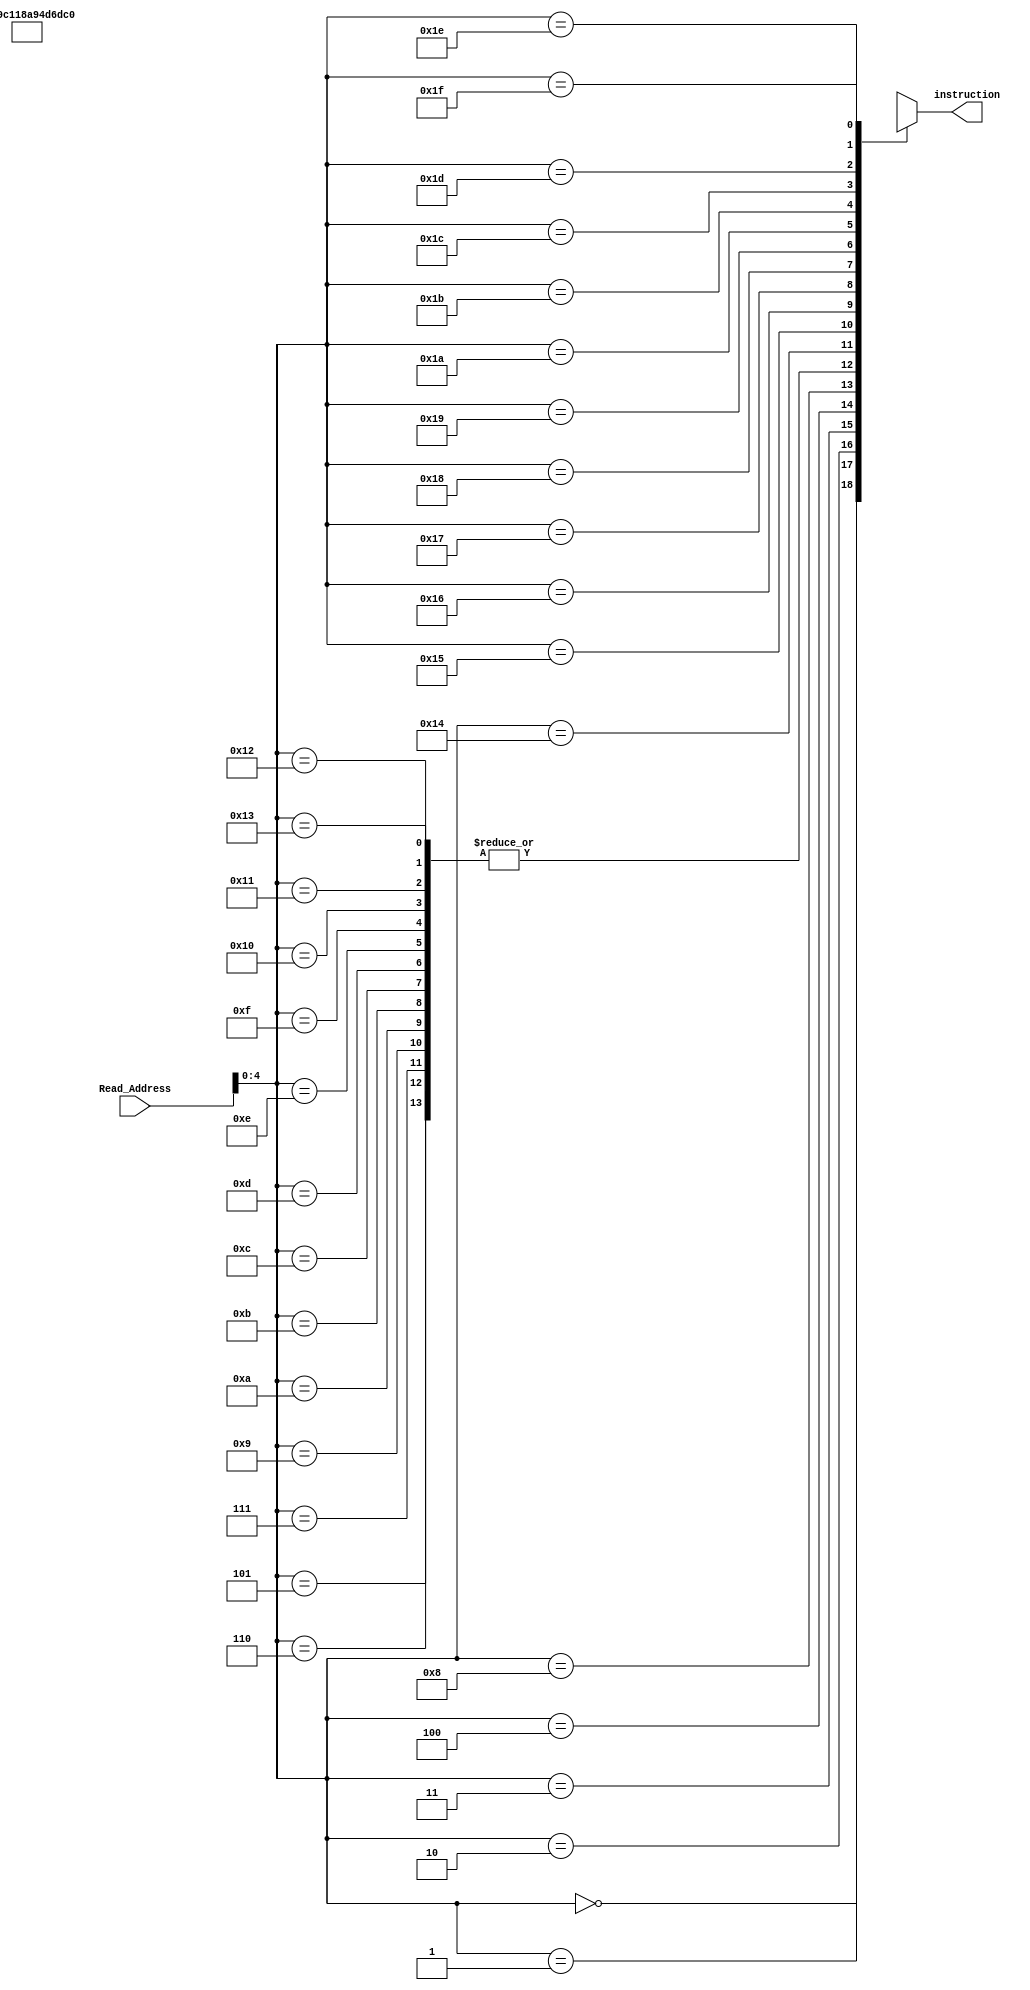
`timescale 1ns / 1ps

module Sim_Instruction_Memory(input [7:0] Read_Address, output [7:0] instruction);

	wire [7:0] MemByte[31:0]; // Memory Dimension: Memory[32] = 8'b;
	// Read_Address  instruction 
	assign instruction = MemByte[Read_Address];
	
	// Basic Operation Test Set //
	// lw $s2, 1($s0)
	assign MemByte[0] = {2'b01, 2'b00, 2'b10, 2'b01};	
	// j + 1
	assign MemByte[1] = {2'b11, 2'b00, 2'b00, 2'b01};
	// add $s0, $s1, $s2
	assign MemByte[2] = {2'b00, 2'b01, 2'b10, 2'b00};	
	// sw $s2, 1($s2)
	assign MemByte[3] = {2'b10, 2'b10, 2'b10, 2'b01};	
	// lw $s3, 1($s0) r[3] = mem[r[0] + 1]
	assign MemByte[4] = {2'b01, 2'b00, 2'b11, 2'b01};
	
	// TEST - j + 0
	assign MemByte[5] = {2'b11, 2'b00, 2'b00, 2'b00};
	assign MemByte[6] = {2'b11, 2'b00, 2'b00, 2'b00};
	assign MemByte[7] = {2'b11, 2'b00, 2'b00, 2'b00};
	// r[3] = mem[r[2] + 1]
	assign MemByte[8] = {2'b01, 2'b10, 2'b11, 2'b01};
	assign MemByte[9] = {2'b11, 2'b00, 2'b00, 2'b00};
	assign MemByte[10] = {2'b11, 2'b00, 2'b00, 2'b00};
	assign MemByte[11] = {2'b11, 2'b00, 2'b00, 2'b00};
	assign MemByte[12] = {2'b11, 2'b00, 2'b00, 2'b00};
	assign MemByte[13] = {2'b11, 2'b00, 2'b00, 2'b00};
	assign MemByte[14] = {2'b11, 2'b00, 2'b00, 2'b00};
	assign MemByte[15] = {2'b11, 2'b00, 2'b00, 2'b00};
	assign MemByte[16] = {2'b11, 2'b00, 2'b00, 2'b00};
	assign MemByte[17] = {2'b11, 2'b00, 2'b00, 2'b00};
	assign MemByte[18] = {2'b11, 2'b00, 2'b00, 2'b00};
	assign MemByte[19] = {2'b11, 2'b00, 2'b00, 2'b00};
	
endmodule